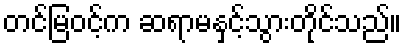
တင်မြဝင့်က ဆရာမနှင့်သွားတိုင်သည်။